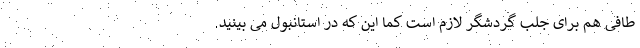
طافی هم برای جلب گردشگر لازم است کما این که در استانبول می بینید.